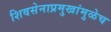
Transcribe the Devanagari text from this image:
शिवसेनाप्रमुखांमुळेच